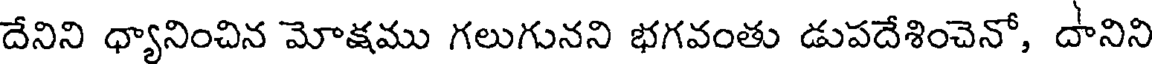
దేనిని ధ్యానించిన మోక్షము గలుగునని భగవంతు డుపదేశించెనో, దానిని